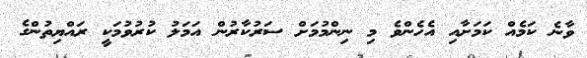
ވާނެ ކަމެއް ކަމަށާއި އެހެންވެ މި ނިންމުމަށް ސަރުކާރުން އަމަލު ކުރުވުމަކީ ރައްޔިތުންގެ